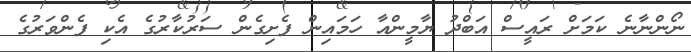
ނޯންނާނެ ކަމަށް ރައީސް އަބްދު ޔާމީންއާ ހަމައިން ފެށިގެން ސަރުކާރުގެ އެކި ފެންވަރުގެ